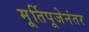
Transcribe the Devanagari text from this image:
मू्र्तिपूजेनंतर